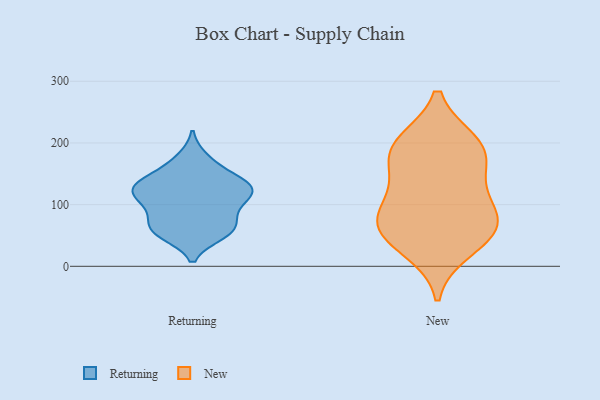
{"axis": {"x": "Production Output", "y": "Value"}, "legend": ["New", "Returning"], "data": [{"x": "", "y": 118, "type": "Returning"}, {"x": "", "y": 122, "type": "Returning"}, {"x": "", "y": 59, "type": "Returning"}, {"x": "", "y": 63, "type": "Returning"}, {"x": "", "y": 61, "type": "Returning"}, {"x": "", "y": 130, "type": "Returning"}, {"x": "", "y": 127, "type": "Returning"}, {"x": "", "y": 88, "type": "Returning"}, {"x": "", "y": 58, "type": "Returning"}, {"x": "", "y": 133, "type": "Returning"}, {"x": "", "y": 53, "type": "Returning"}, {"x": "", "y": 126, "type": "Returning"}, {"x": "", "y": 103, "type": "Returning"}, {"x": "", "y": 174, "type": "Returning"}, {"x": "", "y": 98, "type": "Returning"}, {"x": "", "y": 162, "type": "Returning"}, {"x": "", "y": 138, "type": "Returning"}, {"x": "", "y": 200, "type": "New"}, {"x": "", "y": 55, "type": "New"}, {"x": "", "y": 176, "type": "New"}, {"x": "", "y": 68, "type": "New"}, {"x": "", "y": 106, "type": "New"}, {"x": "", "y": 62, "type": "New"}, {"x": "", "y": 28, "type": "New"}, {"x": "", "y": 74, "type": "New"}, {"x": "", "y": 128, "type": "New"}, {"x": "", "y": 180, "type": "New"}, {"x": "", "y": 199, "type": "New"}]}